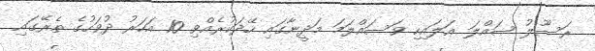
ރަސޫލު ޞައްލަ ޢަލައިހި ވަސައްލަމަ މަދީނާގައި ހޭދަކުރެއްވި 10 އަހަރު ދުވަހުގެ ތެރޭގައި